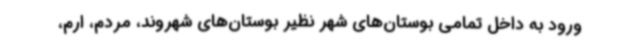
ورود به داخل تمامی بوستان‌های شهر نظیر بوستان‌های شهروند، مردم، ارم،